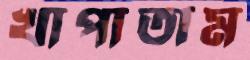
খাপাতাম